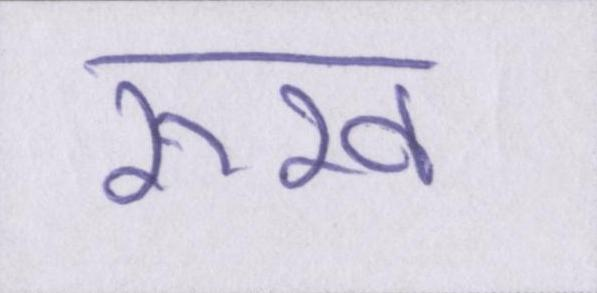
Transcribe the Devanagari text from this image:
रूख